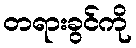
တရားခွင်ကို